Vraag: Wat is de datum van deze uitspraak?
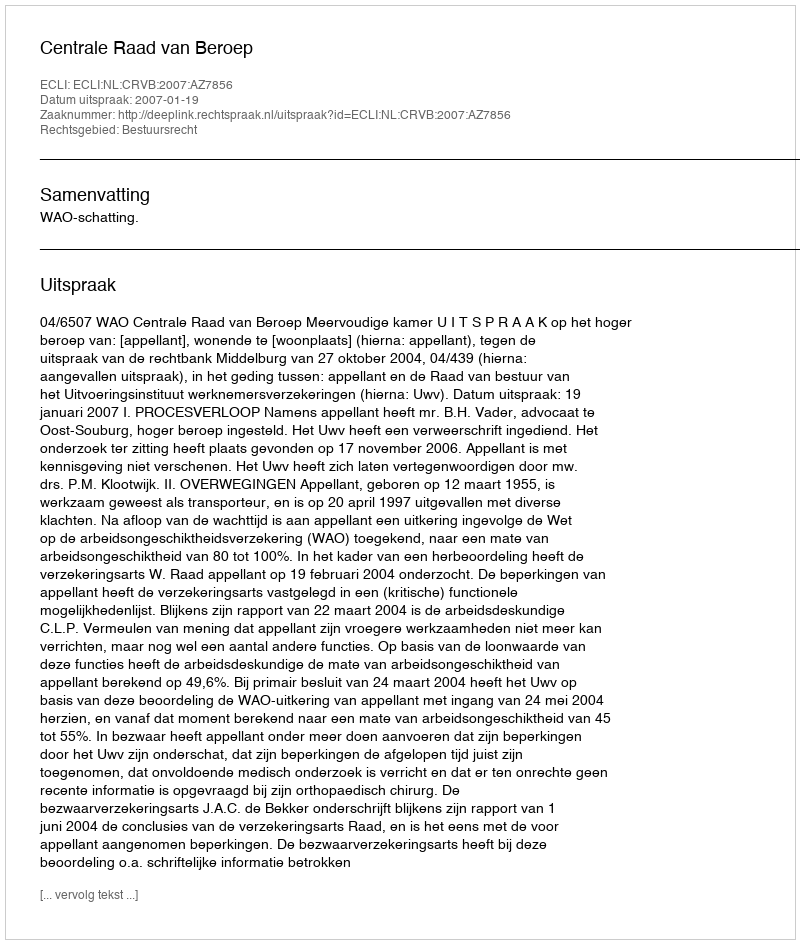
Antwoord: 2007-01-19